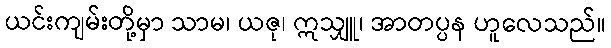
ယင်းကျမ်းတို့မှာ သာမ၊ ယဇု၊ ဣသျှူ၊ အာတပ္ပန ဟူလေသည်။